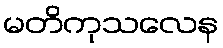
မတိကုသလေန